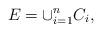
LaTeX: \begin{align*} E = \cup_{i=1}^n C_i,\end{align*}